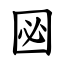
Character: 㘠